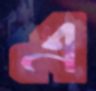
এ